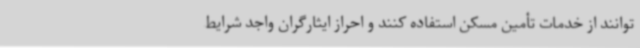
‌توانند از خدمات تأمین مسکن استفاده کنند و احراز ایثارگران واجد شرایط